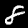
Digit: 8